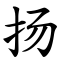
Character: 扬